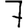
Digit: 7